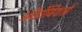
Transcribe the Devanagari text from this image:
ऑर्डोविशाई